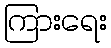
ကြားရေး